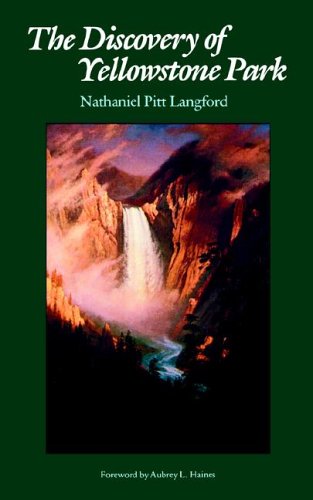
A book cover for The Discovery of Yellowstone Park: Journal of the Washburn Expedition to the Yellowstone and Firehole Rivers in the Year 1870 (National Parks); Nathaniel Pitt Langford; Travel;